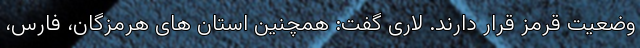
وضعیت قرمز قرار دارند. لاری گفت: همچنین استان های هرمزگان، فارس،